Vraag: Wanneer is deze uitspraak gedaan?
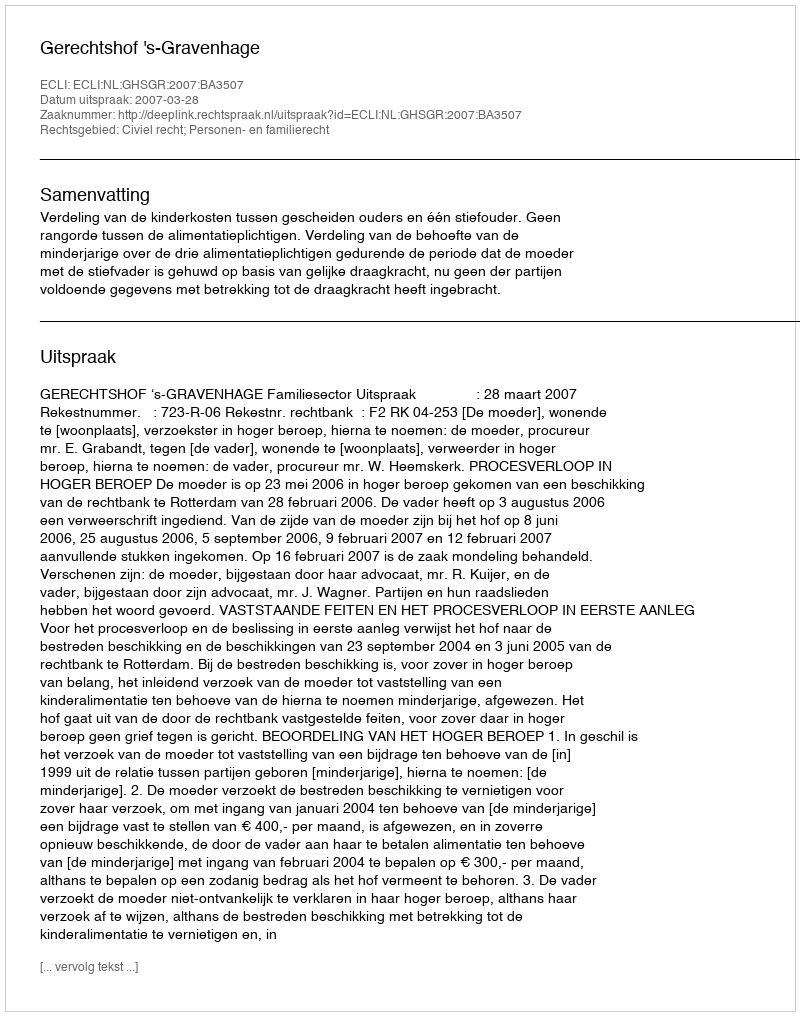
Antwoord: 2007-03-28